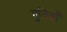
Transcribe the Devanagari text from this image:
गुनियाँ